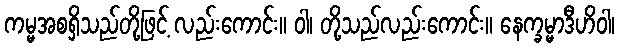
ကမ္မအစရှိသည်တို့ဖြင့် လည်းကောင်း။ ဝါ၊ တို့သည်လည်းကောင်း။ နေက္ခမ္မာဒီဟိဝါ၊